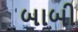
બાબી